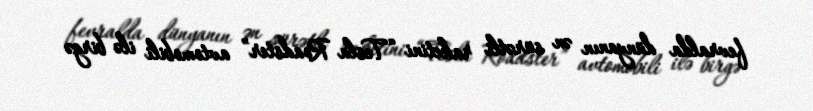
fevralda dünyanın ən sürətli raketini “Tesla Roadster” avtomobili ilə birgə